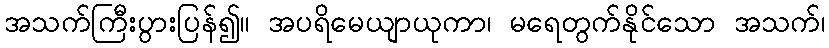
အသက်ကြီးပွားပြန်၍။ အပရိမေယျာယုကာ၊ မရေတွက်နိုင်သော အသက်၊